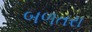
બળતરા